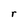
Character: r